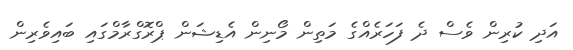
އަދި ކުރިން ވެސް ދެ ފަހަރެއްގެ މަތިން މޯނިން އެޑިޝަން ޕްރޮގްރާމްގައި ބައިވެރިން